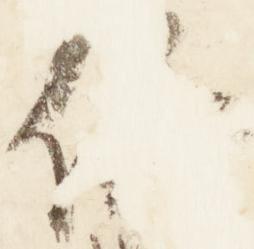
儀